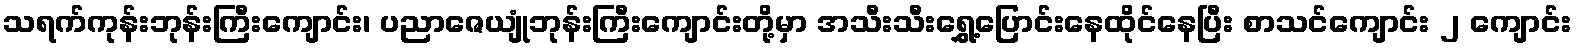
သရက်ကုန်းဘုန်းကြီးကျောင်း၊ ပညာဇေယျုံဘုန်းကြီးကျောင်းတို့မှာ အသီးသီးရွှေ့ပြောင်းနေထိုင်နေပြီး စာသင်ကျောင်း ၂ ကျောင်း